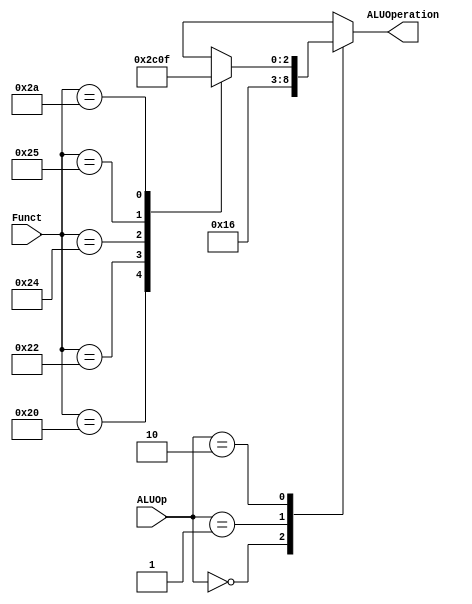
/*
	Title:	ALU Control Unit
	Author: Garfield (Computer System and Architecture Lab, ICE, CYCU)
	Input Port
		1. ALUOp: aluOn+O-OLO
		2. Funct: pGOLOho6XP_
	Output Port
		1. ALUOperation: XO
*/

module alu_ctl(ALUOp, Funct, ALUOperation);
    input [1:0] ALUOp;
    input [5:0] Funct;
    output [2:0] ALUOperation;
    reg    [2:0] ALUOperation;

    // symbolic constants for instruction function code
    parameter F_add = 6'd32;
    parameter F_sub = 6'd34;
    parameter F_and = 6'd36;
    parameter F_or  = 6'd37;
    parameter F_slt = 6'd42;

    // symbolic constants for ALU Operations
    parameter ALU_add = 3'b010;
    parameter ALU_sub = 3'b110;
    parameter ALU_and = 3'b000;
    parameter ALU_or  = 3'b001;
    parameter ALU_slt = 3'b111;

    always @(ALUOp or Funct)
    begin
        case (ALUOp) 
            2'b00 : ALUOperation = ALU_add;
            2'b01 : ALUOperation = ALU_sub;
            2'b10 : case (Funct) 
                        F_add : ALUOperation = ALU_add;
                        F_sub : ALUOperation = ALU_sub;
                        F_and : ALUOperation = ALU_and;
                        F_or  : ALUOperation = ALU_or;
                        F_slt : ALUOperation = ALU_slt;
                        default ALUOperation = 3'bxxx;
                    endcase
            default ALUOperation = 3'bxxx;
        endcase
    end
endmodule